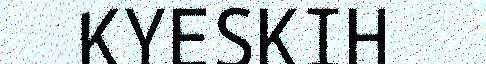
KYESKIH